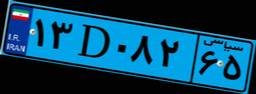
۱۳D۰۸۲۶۵